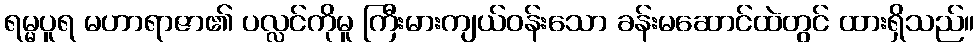
ရမ္မပူရ မဟာရာဇာ၏ ပလ္လင်ကိုမူ ကြီးမားကျယ်ဝန်းသော ခန်းမဆောင်ထဲတွင် ထားရှိသည်။